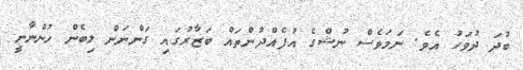
ބުދަ ދުވަހު އެވެ. ނަމަވެސް ނުޝްގެ އުފެއްދުންތައް ބަޒާރުގައި ގަންނަން ލިބެން ހުންނާނީ